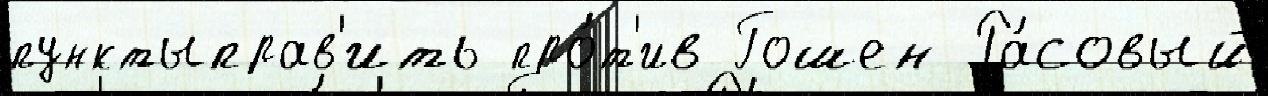
пунктыправ'ить про́т'ив Гошен Ра́совый